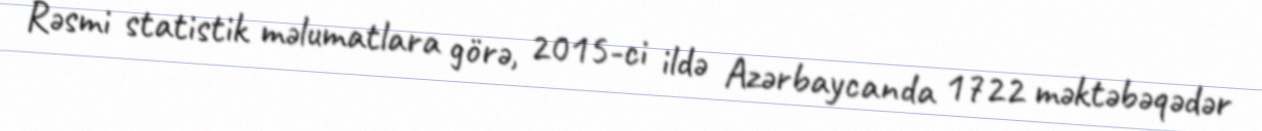
Rəsmi statistik məlumatlara görə, 2015-ci ildə Azərbaycanda 1722 məktəbəqədər